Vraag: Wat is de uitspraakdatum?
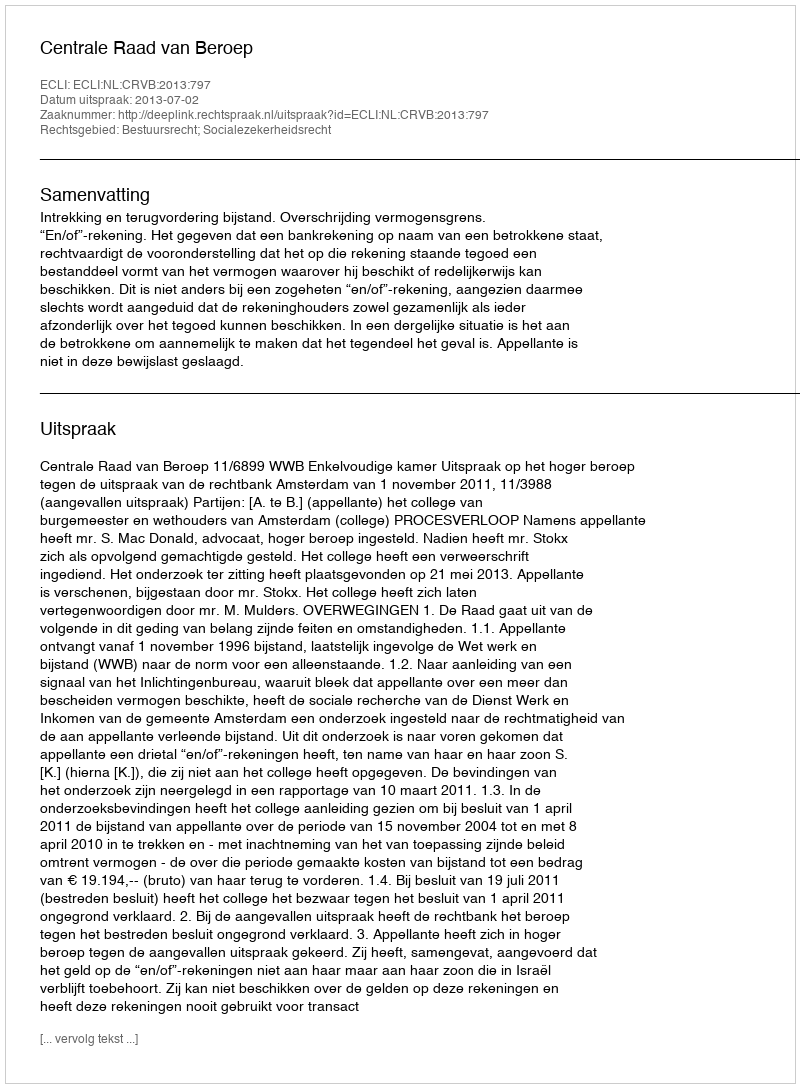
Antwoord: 2013-07-02